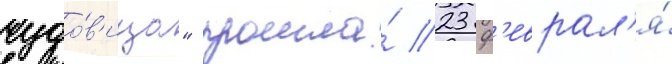
чудо́в'ища" прошла́ 23 ф'еврал'я́